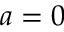
a = 0